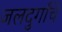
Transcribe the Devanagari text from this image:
जलदुर्गांचे